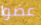
عضوا